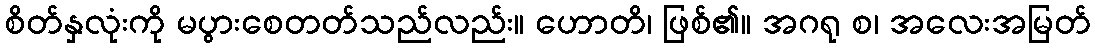
စိတ်နှလုံးကို မပွားစေတတ်သည်လည်း။ ဟောတိ၊ ဖြစ်၏။ အဂရု စ၊ အလေးအမြတ်